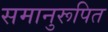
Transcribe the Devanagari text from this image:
समानुरूपित